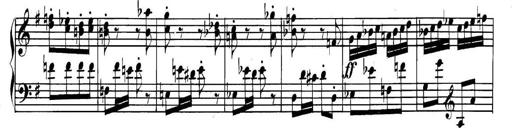
Title: Collected Piano Sonatas
Composer: Muzio Clementi